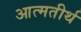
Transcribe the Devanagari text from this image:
आत्मतीर्थ